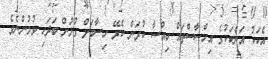
އެކަކު އަނެކަކުގެ އިހްސާސްތައް ހިއްސާ ކުރަން ކެރޭ ހިސާބަށް ގުޅުން ބަދަހި ވުމުންނެވެ.